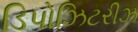
ડિપોઝિટરીઝ